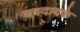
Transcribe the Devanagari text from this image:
बगदादके